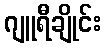
ဂျူရီချိုင်း